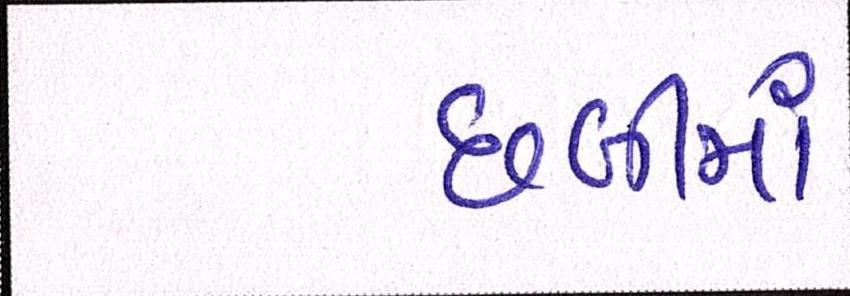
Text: છબીમાં